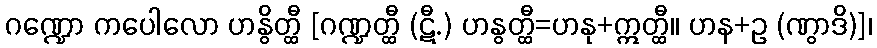
ဂဏ္ဍော ကပေါလော ဟနွိတ္ထီ [ဂဏ္ဍတ္ထီ (ဋီ.) ဟနွတ္ထီ=ဟနု+ဣတ္ထီ။ ဟန+ဥ (ဏွာဒိ)]၊